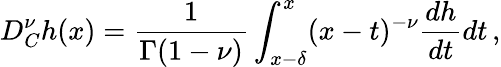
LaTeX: D_{C}^{\nu}h(x)=\frac{1}{\Gamma(1-\nu)}\int_{x-\delta}^{x}(x-t)^{-\nu}\frac{dh}{dt}dt\, ,